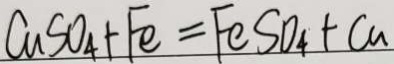
C u S O _ { 4 } + F e = F e S O _ { 4 } + C u